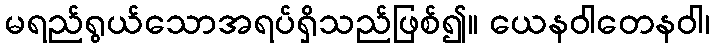
မရည်ရွယ်သောအရပ်ရှိသည်ဖြစ်၍။ ယေနဝါတေနဝါ၊